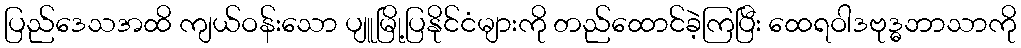
ပြည်ဒေသအထိ ကျယ်ဝန်းသော ပျူမြို့ပြနိုင်ငံများကို တည်ထောင်ခဲ့ကြပြီး ထေရဝါဒဗုဒ္ဓဘာသာကို